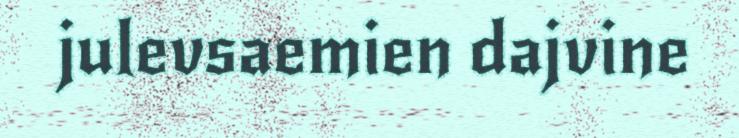
julevsaemien dajvine